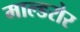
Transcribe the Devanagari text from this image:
माल्डरोर